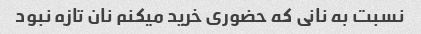
نسبت به نانی که حضوری خرید میکنم نان تازه نبود